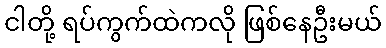
ငါတို့ ရပ်ကွက်ထဲကလို ဖြစ်နေဦးမယ်